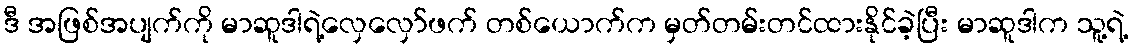
ဒီ အဖြစ်အပျက်ကို မာဆူဒါရဲ့လှေလှော်ဖက် တစ်ယောက်က မှတ်တမ်းတင်ထားနိုင်ခဲ့ပြီး မာဆူဒါက သူ့ရဲ့